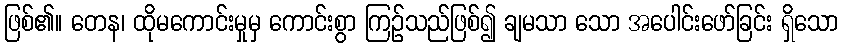
ဖြစ်၏။ တေန၊ ထိုမကောင်းမှုမှ ကောင်းစွာ ကြဉ်သည်ဖြစ်၍ ချမသာ သော အပေါင်းဖော်ခြင်း ရှိသော